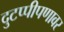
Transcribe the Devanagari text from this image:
दुटप्पीपणावर